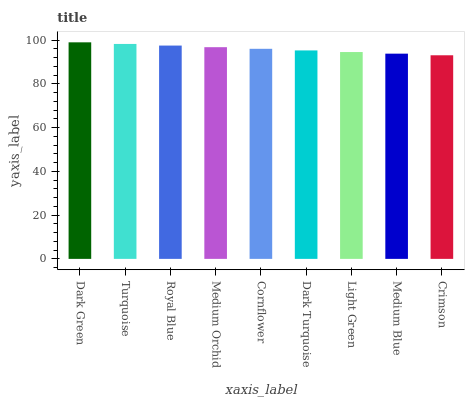
| xaxis_label | bars |
 | --- | --- |
 | Dark Green | 99 |
 | Turquoise | 98.3 |
 | Royal Blue | 97.5 |
 | Medium Orchid | 96.8 |
 | Cornflower | 96 |
 | Dark Turquoise | 95.3 |
 | Light Green | 94.6 |
 | Medium Blue | 93.8 |
 | Crimson | 93.1 |